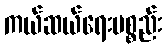
ကယ်ဆယ်ရေးပစ္စည်း